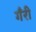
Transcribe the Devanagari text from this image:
गँरी